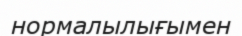
нормалылығымен